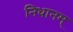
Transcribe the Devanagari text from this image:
निधानम्